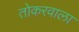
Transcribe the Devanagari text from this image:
तोकरवाला